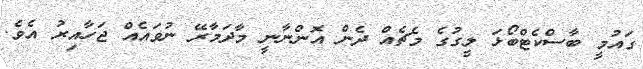
ގައުމީ ބާސްކެޓްބޯޅަ ލީގުގެ މެޗެއް ދެން އޮންނާނީ މާދަމާރޭ ނުވައެއް ޖަހާއިރު އެވެ.